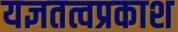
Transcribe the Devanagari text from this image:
यज्ञतत्वप्रकाश